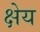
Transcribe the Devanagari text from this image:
क्षेय